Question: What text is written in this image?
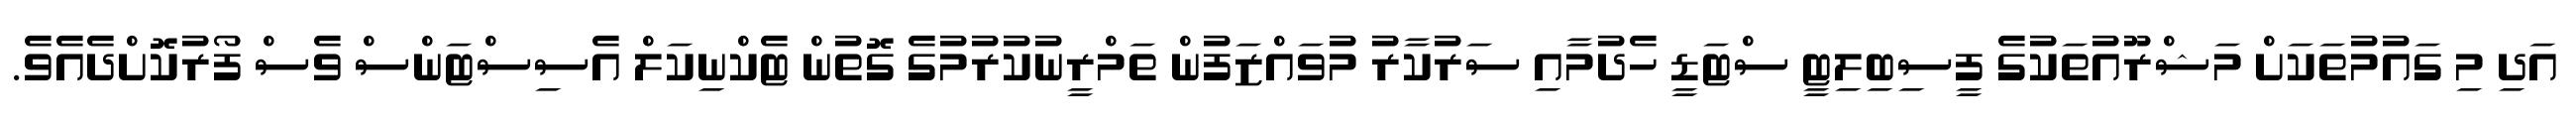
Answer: އަދި މި ގައުމުތަކަށް މަޝްރޫއުތަކުގެ ފީސިބިލިޓީ ސްޓަޑީ ހެދުމާއި ސަރުކާރު މުވައްޒަފުން ތަމްރީނުކުރުމުގެ ގޮތުން ޓެކްނިކަލް އެސިސްޓަންސް ވެސް ފޯރުކޮށްދެއެވެ.